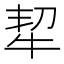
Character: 㸷